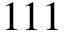
1 1 1